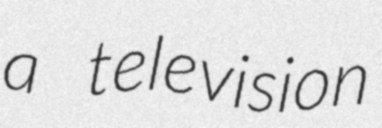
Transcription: a television